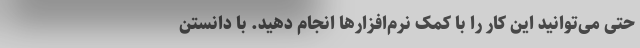
حتی می‌توانید این کار را با کمک نرم‌افزارها انجام دهید. با دانستن